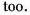
too.